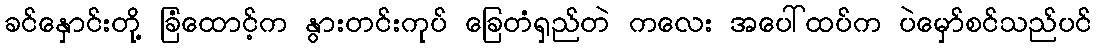
ခင်နှောင်းတို့ ခြံထောင့်က နွားတင်းကုပ် ခြေတံရှည်တဲ ကလေး အပေါ်ထပ်က ပဲမှော်စင်သည်ပင်